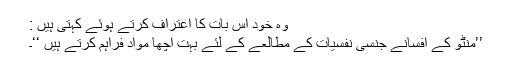
وہ خود اس بات کا اعتراف کرتے ہوئے کہتی ہیں :
’’منٹو کے افسانے جنسی نفسیات کے مطالعے کے لئے بہت اچھا مواد فراہم کرتے ہیں ‘‘۔